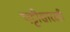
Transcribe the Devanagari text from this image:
पट्टीसारखी